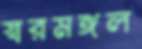
স্বরমঙ্গল